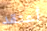
أعتقد